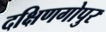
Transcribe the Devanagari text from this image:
दक्षिणगोपुर